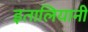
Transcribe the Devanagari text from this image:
इतालियानी